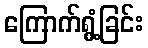
ကြောက်ရွံ့ခြင်း